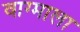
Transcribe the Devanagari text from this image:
वाग्माला